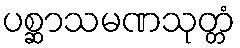
ပစ္ဆာသမဏသုတ္တံ